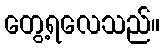
တွေ့ရလေသည်။